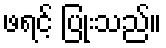
ဖရင့် ပြုံးသည်။